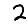
Digit: 2